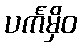
ပင်္ကမှိဝ